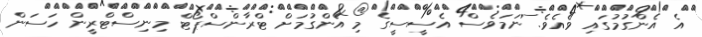
އެ އެންގުމުގައި ވެއެވެ. ނަމަވެސް އެސީސީގެ މި އެންގުމަށް ޓްރާންސްޕޯޓް މިނިސްޓްރީން ހަސަން